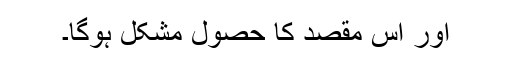
اور اس مقصد کا حصول مشکل ہوگا۔